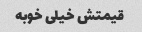
قیمتش خیلی خوبه